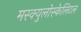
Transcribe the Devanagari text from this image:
मस्क्युलोस्केलिटल